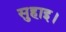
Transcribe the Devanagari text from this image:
सुहाइ।